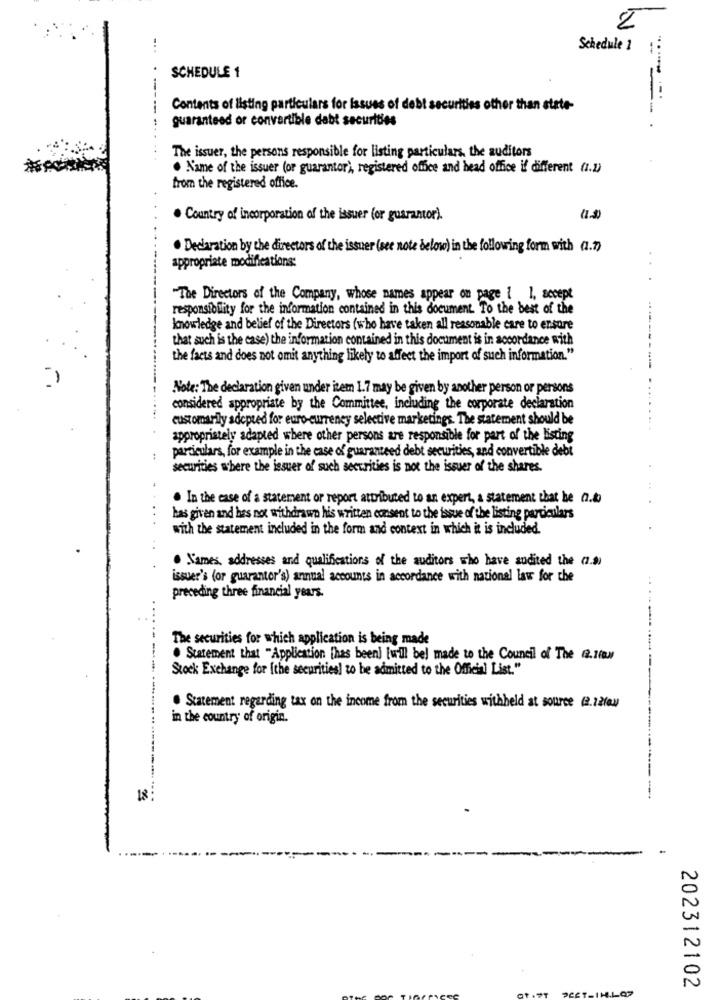
...
Schedule 1
SCHEDULE 1
Contents of listing particulars for issues of debt
other than state-
guaranteed or convertible debt securities
--.
The issuer, the persons responsible for listing particulars, the auditors
. Name of the issuer (or guarantor), registered office and head office if different (1.2)
from the registered office.
. Country of incorporation of the issuer (or guarantor).
. Declaration by the directors of the issuer (see note below) in the following form with (1.7)
..
appropriate modifications:
"The Directors of the Company, whose names appear on page 1 1, accept
responsibility for the information contained in this document. To the best of the
knowledge and belief of the Directors (who have taken all reasonable care to ensure
that such is the case) the information contained in this document is in accordance with
the facts and does not omit anything likely to affect the import of such information."
Note: The declaration given under item 1.7 may be given by another person or persons
considered appropriate by the Committee, including the corporate declaration
......
customarily adopted for euro-currency selective marketings. The statement should be
appropriately adapted where other persons are responsible for part of the listing
particulars, for example in the case of guaranteed debt securities, and convertible debt
securities where the issuer of such securities is not the issuer of the shares.
. In the case of a statement or report attributed to an expert, a statement that he 27.to
has given and has not withdrawn his written consent to the issue of the listing particulars
with the statement included in the form and context in which it is included.
. Names, addresses and qualifications of the auditors who have audited the (7.9)
issuer's (or guarantor's) annual accounts in accordance with national law for che
..
preceding three financial years.
The securities for which application is being made
-.
. Statement that "Application [has been) [will bel made to the Council of The (2.160M
Stock Exchange for [the securities) to be admitted to the Official List."
. Statement regarding tax on the income from the securities withheld at source (2.12/04)
in the country of origin.
..... ...
202312102
1-07